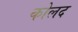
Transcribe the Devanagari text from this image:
कोलद